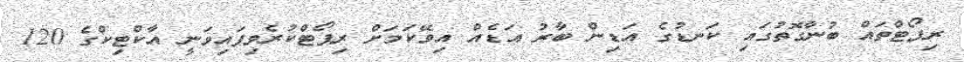
ރިޕޯޓްތައް ބުނާގޮތުގައި ކަނޑުގެ އަޑިން ބާރު އަޑެއް އިވޭކަމަށް ރިޕޯޓްކުރެވިފައިވަނީ އާކްޓިކްގެ 120